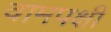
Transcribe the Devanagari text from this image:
वामपक्षी